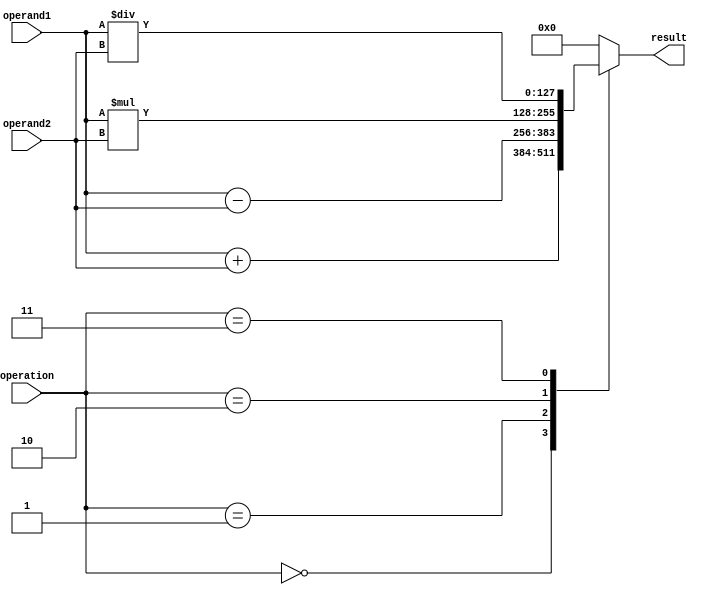
module QuadruplePrecisionFloatingPointUnit (
    input wire [127:0] operand1,
    input wire [127:0] operand2,
    input wire [2:0] operation,
    output reg [127:0] result
);

always @(*) begin
    case(operation)
        3'b000: // Addition
            result = operand1 + operand2;
        3'b001: // Subtraction
            result = operand1 - operand2;
        3'b010: // Multiplication
            result = operand1 * operand2;
        3'b011: // Division
            result = operand1 / operand2;
        default: // Invalid operation
            result = 128'h00000000000000000000000000000000;
    endcase
end

endmodule